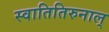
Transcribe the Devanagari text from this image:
स्वातितिरुनाल्